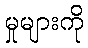
မှုများကို